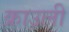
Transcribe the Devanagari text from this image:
क्राउली